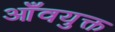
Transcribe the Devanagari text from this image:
आँवयुक्त